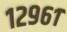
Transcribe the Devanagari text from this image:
१२९६१